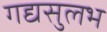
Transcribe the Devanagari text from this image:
गद्यसुलभ